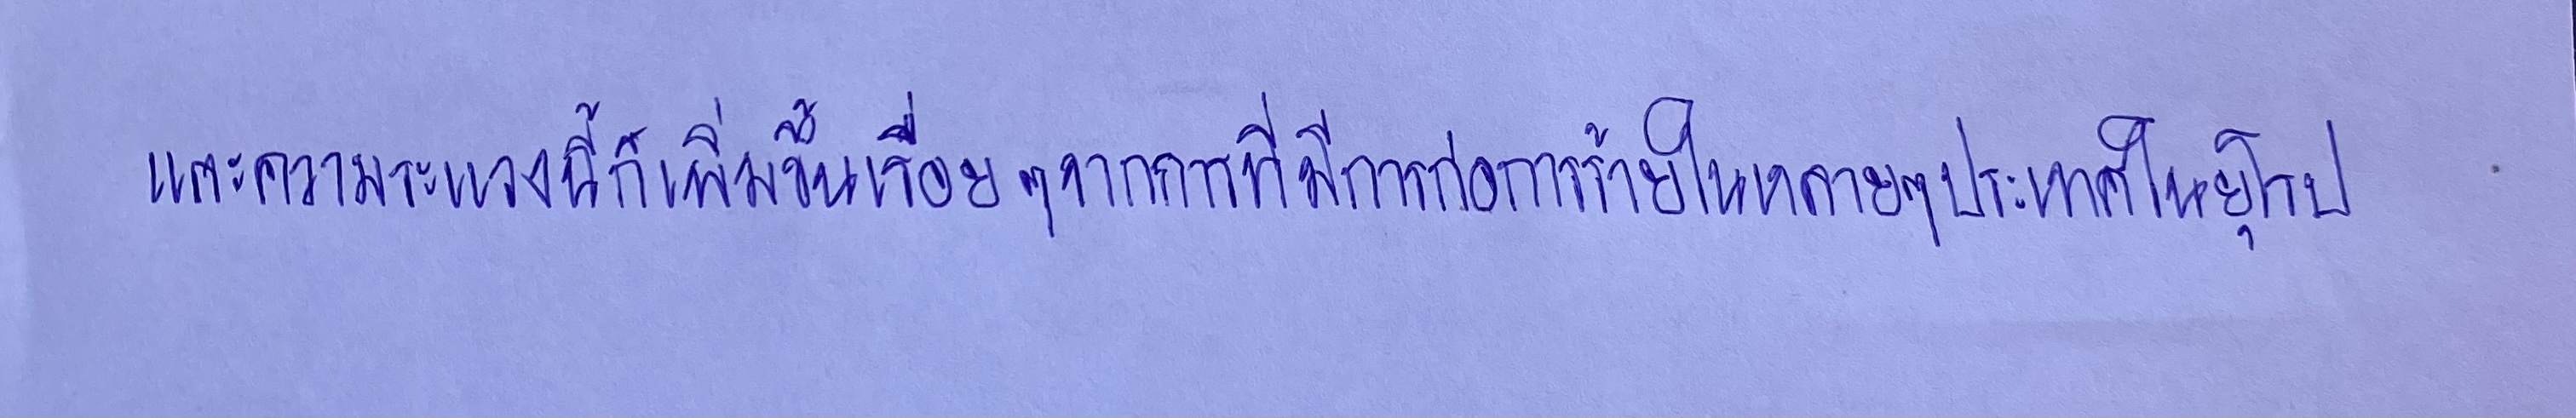
และความระแวงนี้ก็เพิ่มขึ้นเรื่อยๆจากการที่มีการก่อการร้ายในหลายๆประเทศในยุโรป